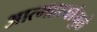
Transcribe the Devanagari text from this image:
आत्महत्यांमुळे